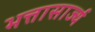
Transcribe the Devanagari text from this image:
भत्तासार्ज्य